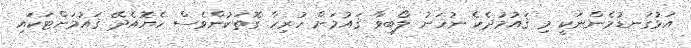
އަޅުގަނޑުމެންނަކީ މި ޤައުމުދެކެ ނުހަނު ލޯބިވާ ޤައުމަށް ހުރިހާ ގޮތަކުންވެސް ހެޔޮއެދޭ ޤައުމަށްޓަކައި